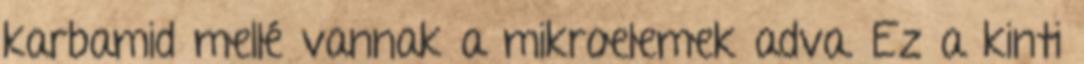
karbamid mellé vannak a mikroelemek adva. Ez a kinti